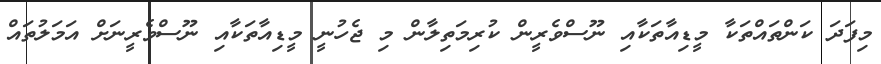
މިފަދަ ކަންތައްތަކާ މީޑިއާތަކާއި ނޫސްވެރީން ކުރިމަތިލާން މި ޖެހުނީ މީޑިއާތަކާއި ނޫސްވެރީނަށް އަމަލުތައް